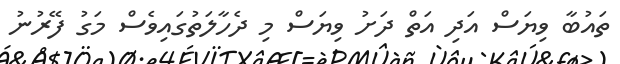
ތައުބާ ވިޔަސް އަދި އަތް ދަށު ވިޔަސް މި ދެހާލަތުގައިވެސް މަގު ފޭރުނު